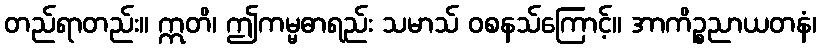
တည်ရာတည်း။ ဣတိ၊ ဤကမ္မဓာရည်း သမာသ် ဝစနသ်ကြောင့်။ အာကိဉ္စညာယတနံ၊